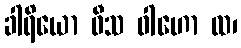
ခါရိယော ဝီသ ဝါဟော ထ၊